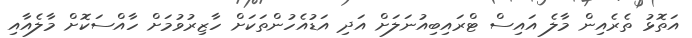
އަތޮޅު ތެރެއިން މާލެ އައިސް ޓްރައިބިއުނަލަށް އަދި އަޑުއެހުންތަކަށް ހާޒިރުވުމަށް ހާއްސަކޮށް މާލެއާއި